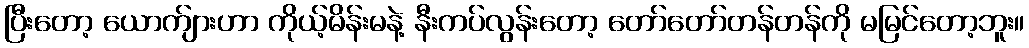
ပြီးတော့ ယောက်ျားဟာ ကိုယ့်မိန်းမနဲ့ နီးကပ်လွန်းတော့ တော်တော်တန်တန်ကို မမြင်တော့ဘူး။